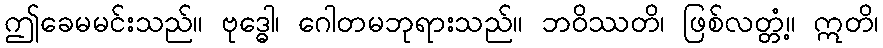
ဤခေမမင်းသည်။ ဗုဒ္ဓေါ၊ ဂေါတမဘုရားသည်။ ဘဝိဿတိ၊ ဖြစ်လတ္တံ့။ ဣတိ၊